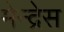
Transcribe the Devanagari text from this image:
मेन्द्रेस